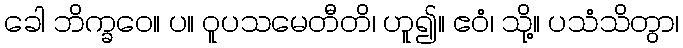
ခေါ ဘိက္ခဝေ။ ပ။ ဝူပသမေတီတိ၊ ဟူ၍။ ဧဝံ၊ သို့။ ပသံသိတွာ၊